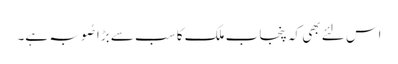
اس لئے بھی کہ پنجاب ملک کا سب سے بڑا صُوبہ ہے۔